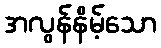
အလွန်နိမ့်သော